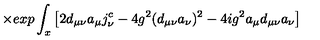
\qquad \times e x p \int _ { x } \left[ 2 d _ { \mu \nu } a _ { \mu } j _ { \nu } ^ { c } - 4 g ^ { 2 } ( d _ { \mu \nu } a _ { \nu } ) ^ { 2 } - 4 i g ^ { 2 } a _ { \mu } d _ { \mu \nu } a _ { \nu } \right]